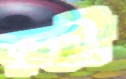
কুঞ্চী